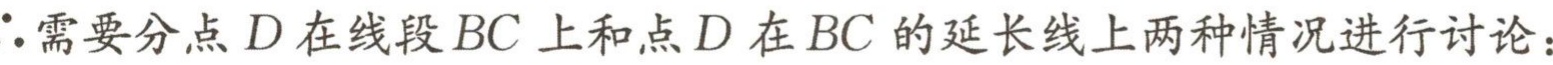
$\therefore$需要分点$D$在线段$BC$上和点$D$在$BC$的延长线上两种情况进行讨论：